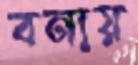
বনায়